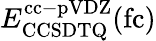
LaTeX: E_{\mathrm{CCSDTQ}}^{\mathrm{cc-pVDZ}}(\mathrm{fc})